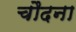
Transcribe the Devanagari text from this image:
चौदना